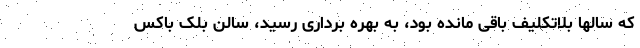
که سالها بلاتکلیف باقی مانده بود، به بهره برداری رسید، سالن بلک باکس